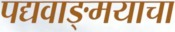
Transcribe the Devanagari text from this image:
पद्यवाङ्मयाचा